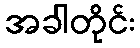
အခါတိုင်း